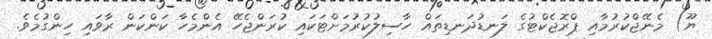
ޔޫ) މެނޭޖްކުރުމާއި ޕްރޮޖެކްޓުގެ ލަނޑުދަނޑިތައް ހާސިލުކުރުމަށްޓަކައި ކުރަންޖެހޭ އެންމެހާ ކަންކަން ރާވައި ހިންގުމެވެ.